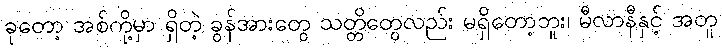
ခုတော့ အစ်ကို့မှာ ရှိတဲ့ ခွန်အားတွေ သတ္တိတွေလည်း မရှိတော့ဘူး၊ မီလာနီနှင့် အတူ